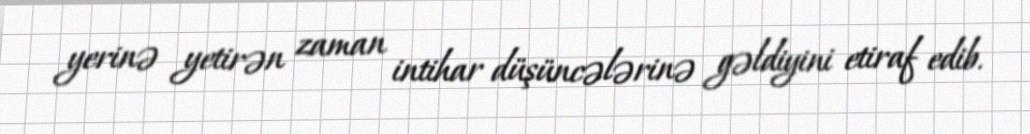
yerinə yetirən zaman intihar düşüncələrinə gəldiyini etiraf edib.